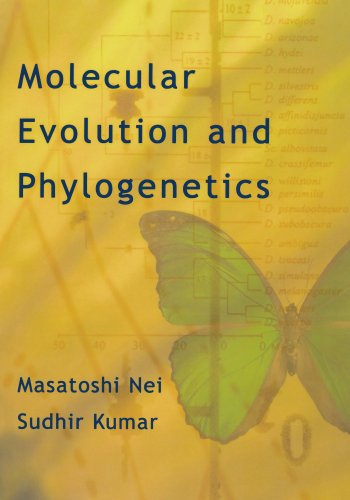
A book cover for Molecular Evolution and Phylogenetics; Masatoshi Nei; Science & Math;